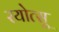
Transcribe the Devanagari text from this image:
रयोत्सू